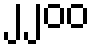
၂၂၀၀